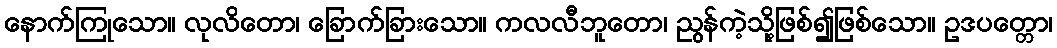
နောက်ကြုသော။ လုလိတော၊ ခြောက်ခြားသော။ ကလလီဘူတော၊ ညွန်ကဲ့သို့ဖြစ်၍ဖြစ်သော။ ဥဒပတ္တော၊